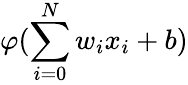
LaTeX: \varphi(\sum_{i=0}^{N}w_{i}x_{i}+b)